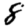
Digit: 8